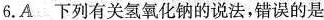
6.A 下列有关氢氧化钠的说法，错误的是